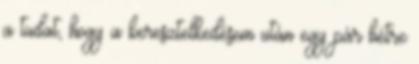
a tudat, hogy a keresztelkedésem után egy pár hétre